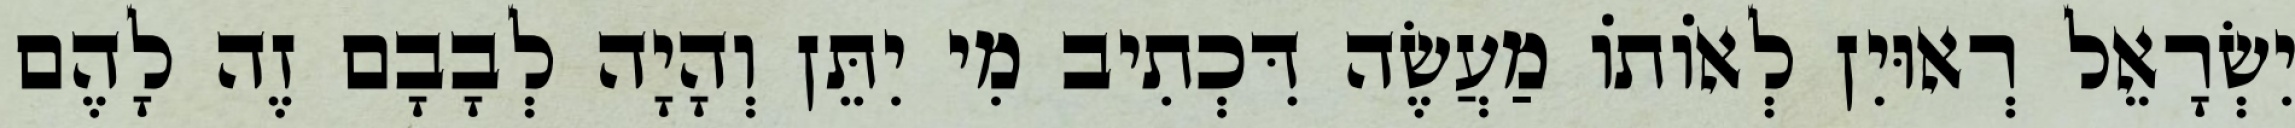
יִשְׂרָאֵל רְאוּיִן לְאוֹתוֹ מַעֲשֶׂה דִּכְתִיב מִי יִתֵּן וְהָיָה לְבָבָם זֶה לָהֶם